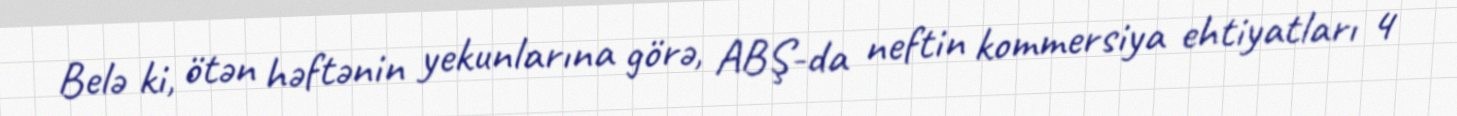
Belə ki, ötən həftənin yekunlarına görə, ABŞ-da neftin kommersiya ehtiyatları 4